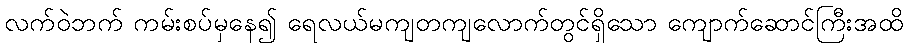
လက်ဝဲဘက် ကမ်းစပ်မှနေ၍ ရေလယ်မကျတကျလောက်တွင်ရှိသော ကျောက်ဆောင်ကြီးအထိ